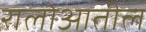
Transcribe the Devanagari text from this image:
रालोआतील